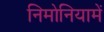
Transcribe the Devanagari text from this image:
निमोनियामें